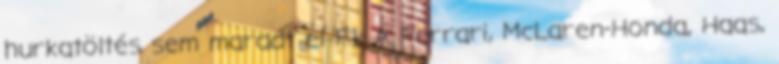
hurkatöltés sem maradt el F1: A Ferrari, McLaren-Honda, Haas,